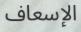
الإسعاف